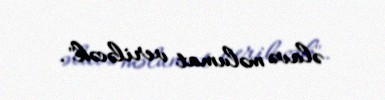
əlavə məlumat veriləcək".